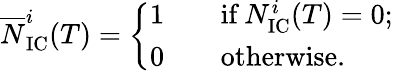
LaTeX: \begin{array}{r}{\overline{N}_{\textrm{IC}}^{i}(T)=\left\{ \begin{array}{rl}{1\quad}&{{}\textrm{if}\ N_{\textrm{IC}}^{i}(T)=0;}\\ {0\quad}&{{}\textrm{otherwise}.}\end{array}\right.}\end{array}